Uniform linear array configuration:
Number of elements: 32
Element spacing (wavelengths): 0.75
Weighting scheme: binomial
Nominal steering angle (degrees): -60
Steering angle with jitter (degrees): -60.309
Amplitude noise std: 0.05
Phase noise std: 0.05

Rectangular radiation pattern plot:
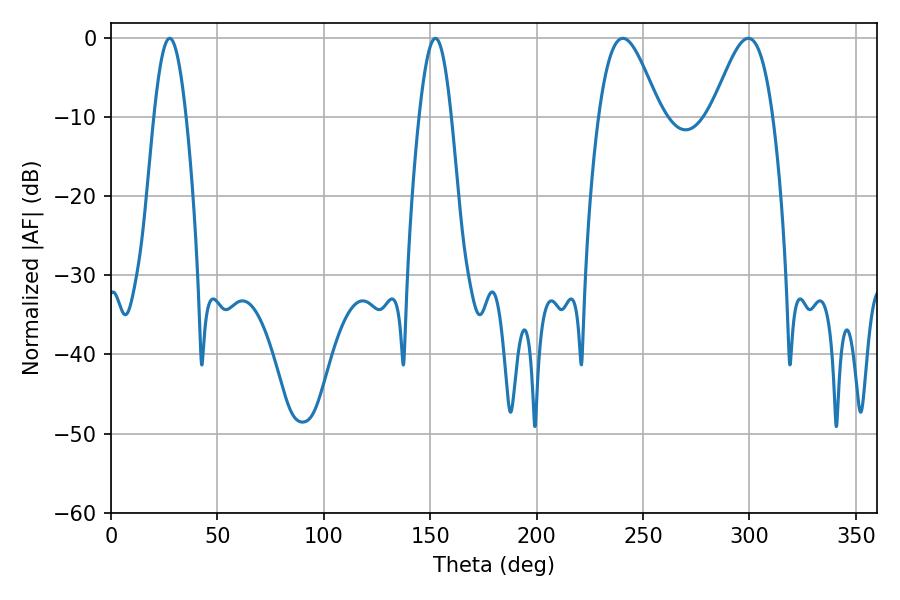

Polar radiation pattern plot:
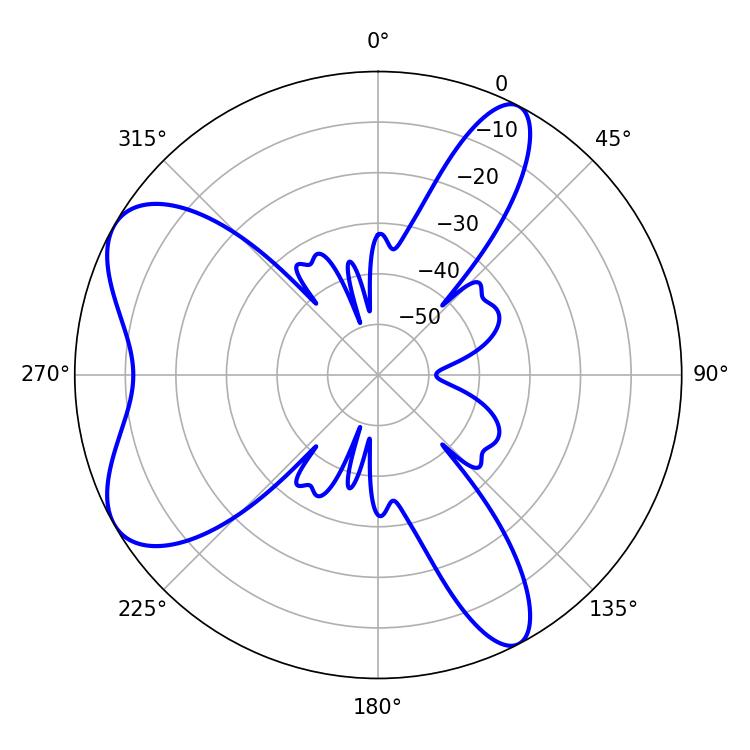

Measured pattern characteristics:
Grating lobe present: TRUE
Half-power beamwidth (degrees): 15.3
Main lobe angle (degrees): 240.48